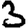
Digit: 3